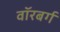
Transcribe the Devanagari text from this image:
वॉरबर्ग